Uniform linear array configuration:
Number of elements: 48
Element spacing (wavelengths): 0.75
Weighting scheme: cosine
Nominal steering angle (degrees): -60
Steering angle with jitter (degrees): -58.544
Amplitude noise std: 0.05
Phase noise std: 0.05

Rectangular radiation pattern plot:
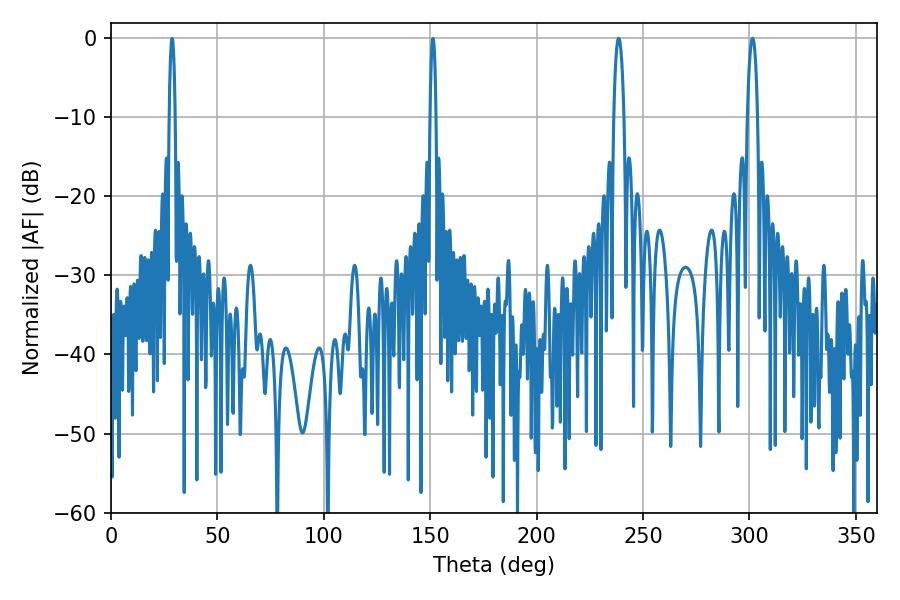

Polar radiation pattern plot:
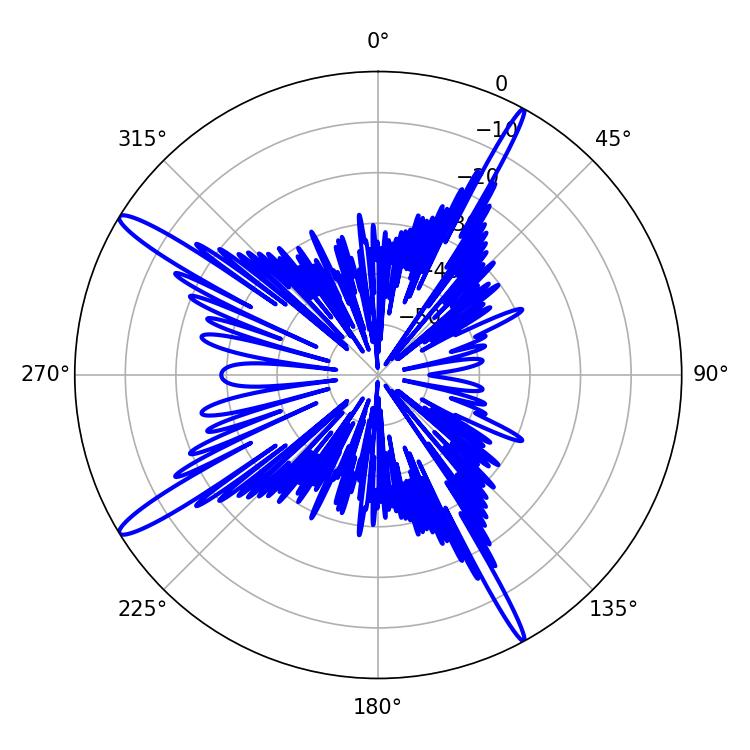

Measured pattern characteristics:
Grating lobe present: TRUE
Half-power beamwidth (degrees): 2.7
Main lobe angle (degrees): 238.5